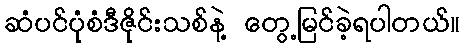
ဆံပင်ပုံစံဒီဇိုင်းသစ်နဲ့ တွေ့မြင်ခဲ့ရပါတယ်။